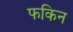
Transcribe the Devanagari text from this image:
फकिन